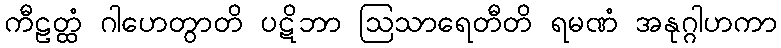
ကီဠတ္ထံ ဂါဟေတွာတိ ပဋိဘာ ဩသာရေတီတိ ရမဏံ အနုဂ္ဂါဟကာ